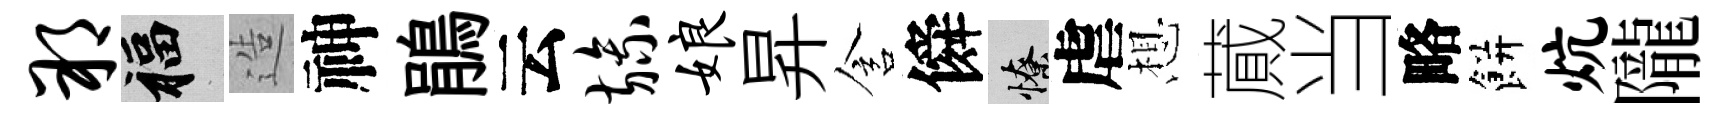
朔福造神鵑云旒娘昇含僢憭虐想蕆当略餅炕隴